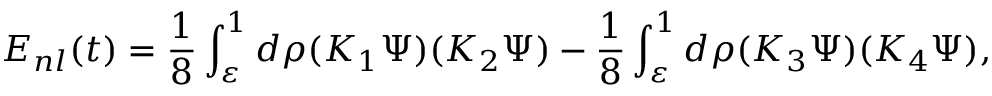
{ \cal E } _ { n l } ( t ) = \frac { 1 } { 8 } \int _ { \varepsilon } ^ { 1 } d \rho ( K _ { 1 } \Psi ) ( K _ { 2 } \Psi ) - \frac { 1 } { 8 } \int _ { \varepsilon } ^ { 1 } d \rho ( K _ { 3 } \Psi ) ( K _ { 4 } \Psi ) ,